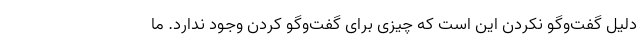
دلیل گفت‌وگو نکردن این است که چیزی برای گفت‌وگو کردن وجود ندارد. ما